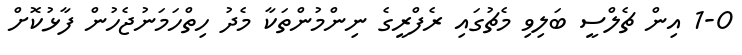
1-0 އިން ޗެލްސީ ބަލިވި މެޗުގައި ރެފްރީގެ ނިންމުންތަކާ މެދު ހިތްހަމަނުޖެހުން ފާޅުކޮށް